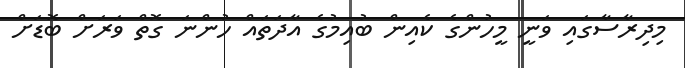
މިދިރާސާގައި ވަނީ މީހުންގެ ކެއިން ބުއިމުގެ އާދަތައް ހުންނަ ގޮތް ވަރަށް ބޮޑަށް